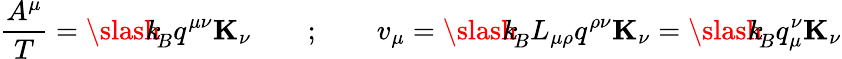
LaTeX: \frac{A^{\mu}}{T}={\slash\! \! \! k}_{\! {B}}q^{\mu\nu}{\mathbf K}_{\nu}\qquad;\qquad v_{\mu}={\slash\! \! \! k}_{\! {B}}L_{\mu\rho}q^{\rho\nu}{\mathbf K}_{\nu}={\slash\! \! \! k}_{\! {B}}q_{\mu}^{\nu}{\mathbf K}_{\nu}